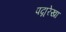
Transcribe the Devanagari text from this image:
पद्मरेखा